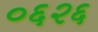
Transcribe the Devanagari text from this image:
०६२६